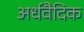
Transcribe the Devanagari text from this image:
अर्धवैदिक